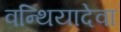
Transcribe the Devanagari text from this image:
वन्थियादेवा